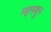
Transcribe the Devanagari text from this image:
म्हनणुन